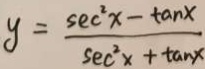
y = \frac { S e c ^ { 2 } x - \tan x } { s e c ^ { 2 } + \tan x }